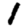
Digit: 1